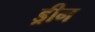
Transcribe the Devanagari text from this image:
ड्रीन